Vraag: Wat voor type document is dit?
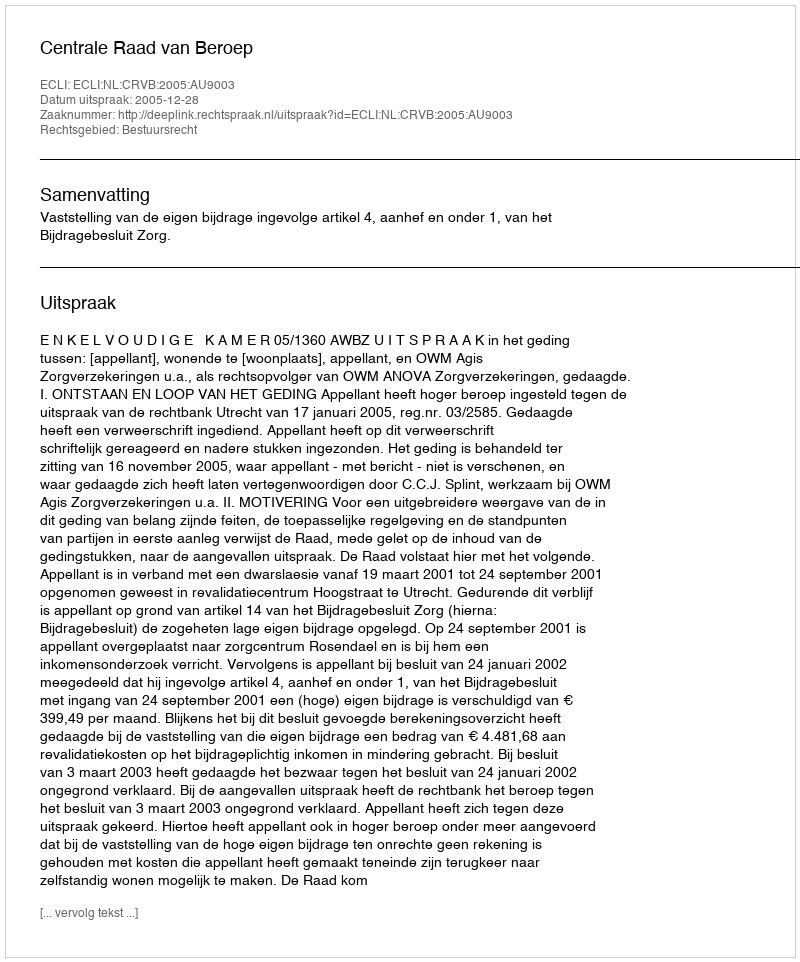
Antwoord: Uitspraak